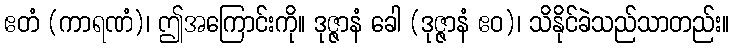
ဧတံ (ကာရဏံ)၊ ဤအကြောင်းကို။ ဒုဇ္ဇာနံ ခေါ (ဒုဇ္ဇာနံ ဧဝ)၊ သိနိုင်ခဲသည်သာတည်း။